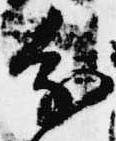
分